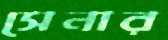
সেনার